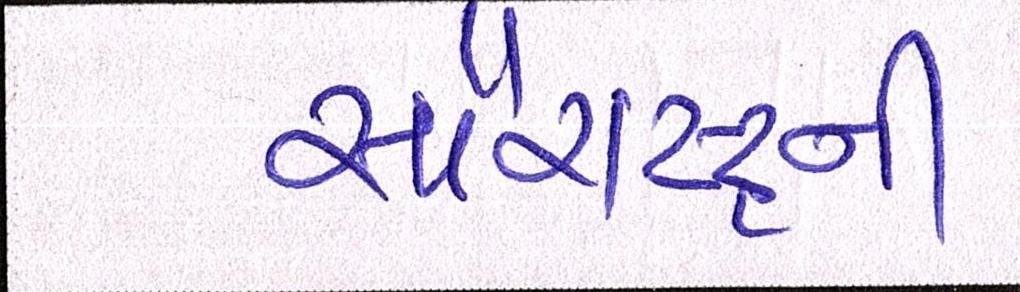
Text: સૌરાષ્ટ્ર્રની